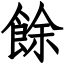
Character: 餘